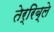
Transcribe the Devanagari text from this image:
तेर्रिब्ले